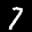
Label: 7